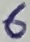
Text: 6